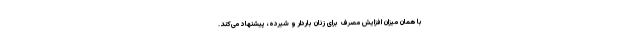
با همان میزان افزایش مصرف برای زنان باردار و شیرده، پیشنهاد می‌کند.